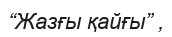
“Жазғы қайғы” ,